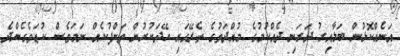
އަނެއްކޮޅުން ބަލާއިރު ދަރަނި ދެއްކުމުގެ މުއްދަތުގެ ތެރޭގައި ހޭދަކުރުން ތަންފުކެއް ނަމަވެސް ކުޑަވެގެންދެ